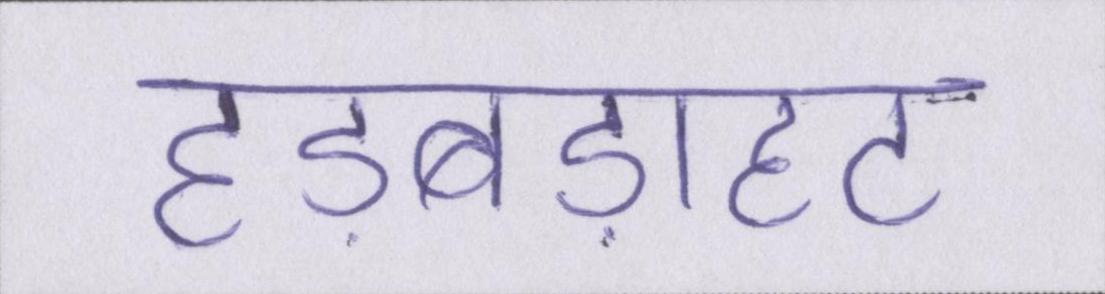
हड़बड़ाहट